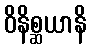
ဝိနိစ္ဆယာနိ